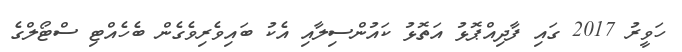
ހަވީރު 2017 ގައި ފާދިއްޕޮޅު އަތޮޅު ކައުންސިލާއި އެކު ބައިވެރިވެގެން ބެހެއްޓި ސްޓޯލްގެ